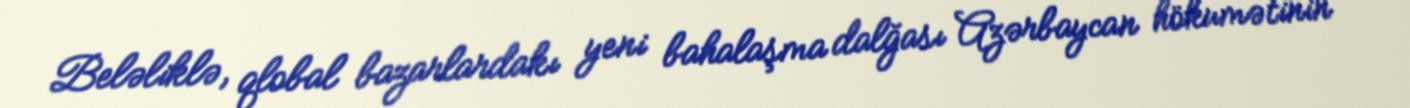
Beləliklə, qlobal bazarlardakı yeni bahalaşma dalğası Azərbaycan hökumətinin